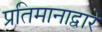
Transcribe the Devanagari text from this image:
प्रतिमानाद्वारे